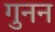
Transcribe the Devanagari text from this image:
गुनन